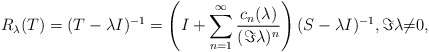
\begin{align*}R_{\lambda}(T)=(T-\lambda{I})^{-1}=\left(I+\sum_{n=1}^{\infty}\frac{c_{n}(\lambda)}{(\Im{\lambda})^n}\right)(S-{\lambda}I)^{-1},\Im{\lambda}{\ne}0,\end{align*}